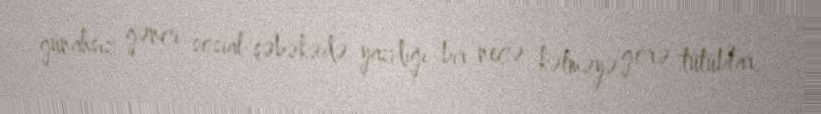
günahsız gənci sosial şəbəkədə yazdığı bir neçə kəlməyə görə tutublar.